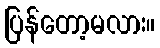
ပြန်တော့မလား။